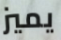
يميز